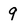
Character: 9